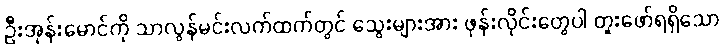
ဦးအုန်းမောင်ကို သာလွန်မင်းလက်ထက်တွင် သွေးများအား ဖုန်းလိုင်းတွေပါ တူးဖော်ရရှိသော